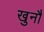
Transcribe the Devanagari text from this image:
खुनौ